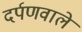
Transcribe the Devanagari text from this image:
दर्पणवाले